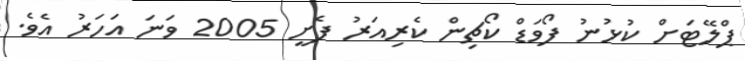
ޕްލޭޓަށް ކުޅުނު ފޯވަޑް ކޯޗިން ކެރިއަރު ފެށީ 2005 ވަނަ އަހަރު އެވެ.